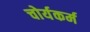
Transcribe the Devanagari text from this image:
चोर्यकर्म